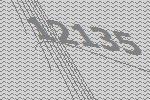
12135